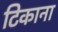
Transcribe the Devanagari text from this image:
टिकाना